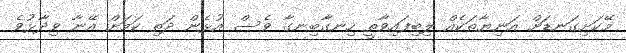
މޭކަށިގަނޑަށް އަނިޔާތަކެއް ލިބިފައިވާތީ ހިނގާބިނގާ ވެސް އުޅެން ދަތި ކަމަށް އޭނާ ވިދާޅުވެ